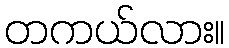
တကယ်လား။